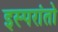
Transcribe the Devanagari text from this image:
इस्परांतो